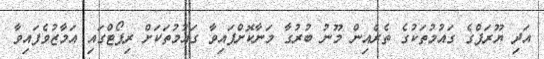
އަދި ޔޫރަޕްގެ ގައުމުތަކުގެ ތެރެއިން މޫނު ބުރުގާ މަނާކޮށްފައިވާ ގައުމުތަކަށް ރިޕޯޓްގައި އަމާޒުވެފައިވާ